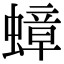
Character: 蟑